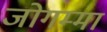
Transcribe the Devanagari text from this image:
जोगम्मा